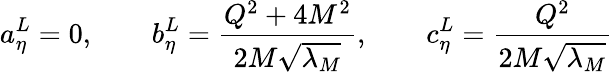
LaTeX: a_{\eta}^{L}=0,\qquad b_{\eta}^{L}={\frac{Q^{2}+4M^{2}}{2M\sqrt{\lambda_{M}}}},\qquad c_{\eta}^{L}={\frac{Q^{2}}{2M\sqrt{\lambda_{M}}}}